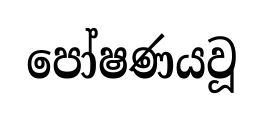
පෝෂණයවූ